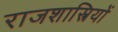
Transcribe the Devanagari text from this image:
राजशास्त्रियों